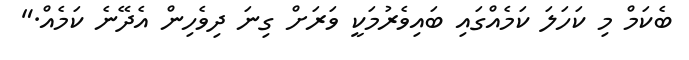
ބެކަމް މި ކަހަލަ ކަމެއްގައި ބައިވެރުމަކީ ވަރަށް ގިނަ ދިވެހިން އެދޭނެ ކަމެއް."